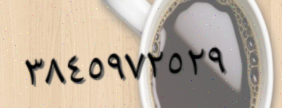
٣٨٤٥٩٧٢٥٢٩